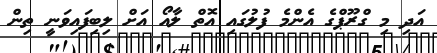
އަދި މި ގްރޫޕްގެ އެންމެ ފުލުގައި އޮތް ލާއޯ އަށް ލިބިފައިވަނީ ތިން